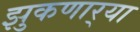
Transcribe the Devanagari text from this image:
झुकणार्‍या